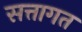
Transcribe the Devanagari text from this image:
सत्तागत